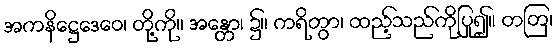
အကနိဋ္ဌေဒေဝေ၊ တို့ကို။ အန္တော၊ ၌။ ကရိတွာ၊ ထည့်သည်ကိုပြု၍။ တတြ၊